Punjab Mental Hospital Lahore 1922-31 - 1922-1931
Year: 1922
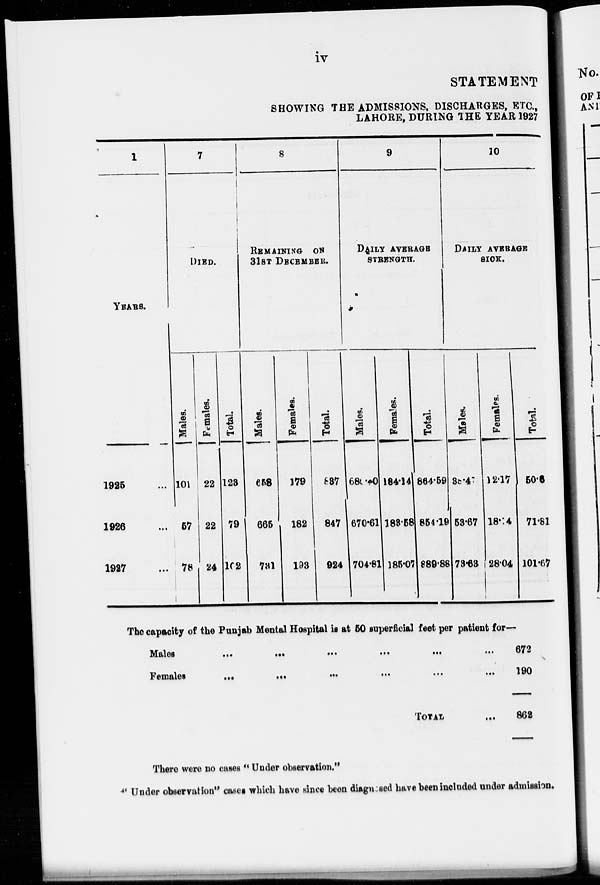
iv
STATEMENT
SHOWING THE ADMISSIONS, DISCHARGES, ETC.,
LAHORE, DURING THE YEAR 1927
1
YEARS.
1925 ...
1926 ...
1927 ...
7
DIED.
Males.
101
57
78
Females.
22
22
24
Total.
123
79
102
8
REMAINING ON
31ST DECEMBER.
Males.
658
665
731
Females.
179
182
193
Total.
837
847
924
9
DAILY AVERAGE
STRENGTH.
Males.
680.40
670.61
704.81
Females.
184.19
183.58
185.07
Total.
864.59
854.19
889.88
10
DAILY AVERAGE
SICK.
Males.
38.47
53.67
73.63
Females.
12.17
18.14
28.04
Total.
50.6
71.81
101.67
The capacity of the Punjab Mental Hospital is at 60 superficial feet per patient for-
Males
...
...
...
...
...
...
Females
...
...
...
...
...
...
TOTAL ...
672
190
862
There were no cases " Under observation."
" Under observation" cases which have since been diagnosed have been included under admission.